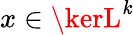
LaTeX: x\in\kerL^{\mathit{k}}